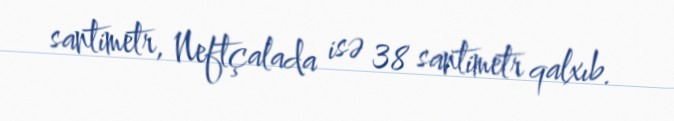
santimetr, Neftçalada isə 38 santimetr qalxıb.